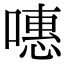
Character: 𠽡